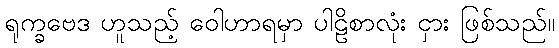
ရုက္ခဗေဒ ဟူသည့် ဝေါဟာရမှာ ပါဠိစာလုံး ငှား ဖြစ်သည်။